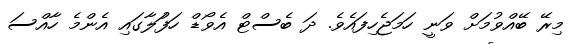
މިރޭ ބޭއްވުމަށް ވަނީ ހަމަޖެހިފައެވެ. ދަ ބެސްޓް އެވޯޑް ހަފަުލާގައި އެންމެ ހާއްސަ